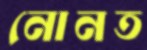
নোনত